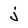
Character: j